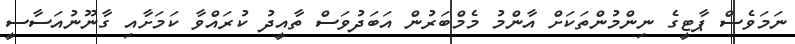
ނަމަވެސް ޕާޓީގެ ނިންމުންތަކަށް އާންމު މެމްބަރުން އަބަދުވަސް ތާއީދު ކުރައްވާ ކަމަށާއި ގާނޫނުއަސާސީ